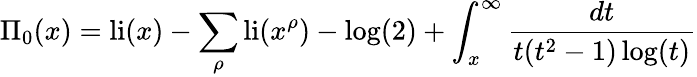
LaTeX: \Pi_{0}(x)=\operatorname{li}(x)-\sum_{\rho}\operatorname{li}(x^{\rho})-\log(2)+\int_{x}^{\infty}{\frac{dt}{t(t^{2}-1)\log(t)}}